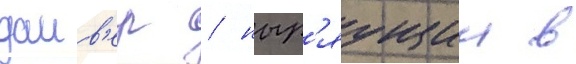
даив'ер / ныр'яущии в